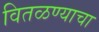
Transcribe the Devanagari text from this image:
वितळण्याचा